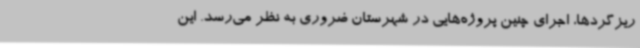
ریزگردها، اجرای چنین پروژه‌هایی در شهرستان ضروری به نظر می‌رسد. این